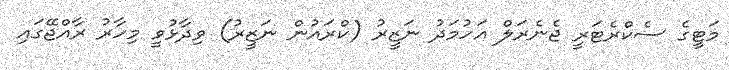
މަޓީގެ ސެކްރެޓަރީ ޖެނެރަލް އަހުމަދު ނަޒީރު (ކްރައުން ނަޒީރު) ވިދާޅުވީ މިހާރު ރާއްޖޭގައި